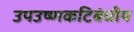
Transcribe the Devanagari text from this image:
उपउष्णकटिबंधीय